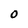
Character: 0